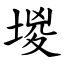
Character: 堫